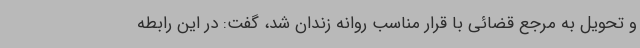
و تحویل به مرجع قضائی با قرار مناسب روانه زندان شد، گفت: در این رابطه